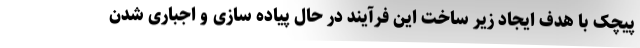
پیچک با هدف ایجاد زیر ساخت این فرآیند در حال پیاده سازی و اجباری شدن